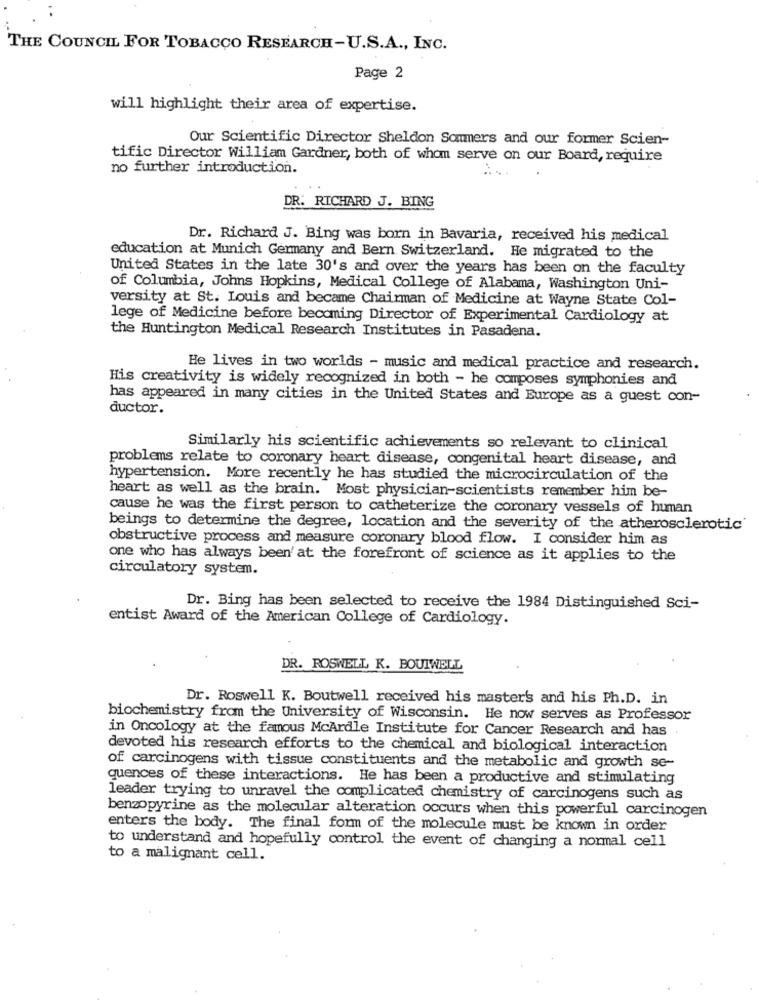
THE COUNCIL FOR TOBACCO RESEARCH-U.S.A ., INC.
Page 2
will highlight their area of expertise.
Our Scientific Director Sheldon Sommers and our former Scien-
tific Director William Gardner, both of whom serve on our Board, require
no further introduction.
DR. RICHARD J. BING
Dr. Richard J. Bing was born in Bavaria, received his medical
education at Munich Germany and Bern Switzerland. He migrated to the
United States in the late 30's and over the years has been on the faculty
of Columbia, Johns Hopkins, Medical College of Alabama, Washington Uni-
versity at St. Louis and became Chairman of Medicine at Wayne State Col-
lege of Medicine before becoming Director of Experimental Cardiology at
the Huntington Medical Research Institutes in Pasadena.
He lives in two worlds - music and medical practice and research.
His creativity is widely recognized in both - he composes symphonies and
has appeared in many cities in the United States and Europe as a guest con-
ductor.
Similarly his scientific achievements so relevant to clinical
problems relate to coronary heart disease, congenital heart disease, and
hypertension. More recently he has studied the microcirculation of the
heart as well as the brain. Most physician-scientists remember him be-
cause he was the first person to catheterize the coronary vessels of human
beings to determine the degree, location and the severity of the atherosclerotic'
obstructive process and measure coronary blood flow. I consider him as
one who has always been'at the forefront of science as it applies to the
circulatory system.
Dr. Bing has been selected to receive the 1984 Distinguished Sci-
entist Award of the American College of Cardiology.
DR. ROSWELL K. BOUTWELL
Dr. Roswell K. Boutwell received his master's and his Ph.D. in
biochemistry from the University of Wisconsin. He now serves as Professor
in Oncology at the famous McArdle Institute for Cancer Research and has
devoted his research efforts to the chemical and biological interaction
of carcinogens with tissue constituents and the metabolic and growth se-
quences of these interactions. He has been a productive and stimulating
leader trying to unravel the complicated chemistry of carcinogens such as
benzopyrine as the molecular alteration occurs when this powerful carcinogen
enters the body. The final form of the molecule must be known in order
to understand and hopefully control the event of changing a normal cell
to a malignant cell.